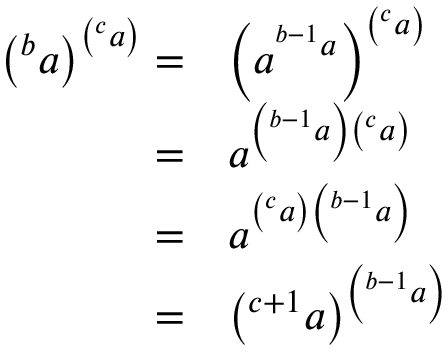
{ \begin{array} { r l } { \left( ^ { b } a \right) ^ { \left( ^ { c } a \right) } = } & { \left( a ^ { ^ { b - 1 } a } \right) ^ { \left( ^ { c } a \right) } } \\ { = } & { a ^ { \left( ^ { b - 1 } a \right) \left( ^ { c } a \right) } } \\ { = } & { a ^ { \left( ^ { c } a \right) \left( ^ { b - 1 } a \right) } } \\ { = } & { \left( ^ { c + 1 } a \right) ^ { \left( ^ { b - 1 } a \right) } } \end{array} }